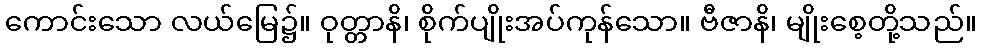
ကောင်းသော လယ်မြေ၌။ ဝုတ္တာနိ၊ စိုက်ပျိုးအပ်ကုန်သော။ ဗီဇာနိ၊ မျိုးစေ့တို့သည်။